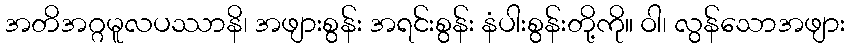
အတိအဂ္ဂမူလပဿာနိ၊ အဖျားစွန်း အရင်းစွန်း နံပါးစွန်းတို့ကို။ ဝါ၊ လွန်သောအဖျား